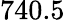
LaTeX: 740.5